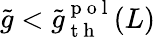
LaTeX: \tilde{g}<\tilde{g}_{\mathrm{~t~h~}}^{\mathrm{~p~o~l~}}(L)